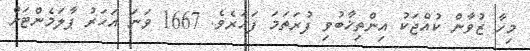
މިހާ ޒުވާން ކުއްޖަކު އިންތިޚާބުވި ފުރަތަމަ ފަހަރެވެ. 1667 ވަނަ އަހަރު ޕާލަމެންޓަށް